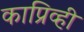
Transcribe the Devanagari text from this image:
काप्रिव्ही